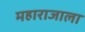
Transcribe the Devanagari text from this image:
महाराजाला